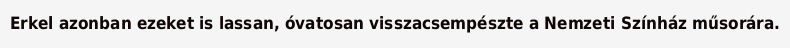
Erkel azonban ezeket is lassan, óvatosan visszacsempészte a Nemzeti Színház műsorára.